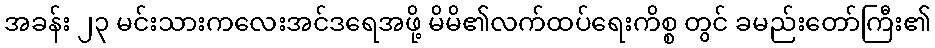
အခန်း ၂၃ မင်းသားကလေးအင်ဒရေအဖို့ မိမိ၏လက်ထပ်ရေးကိစ္စ တွင် ခမည်းတော်ကြီး၏